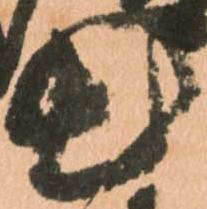
出